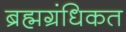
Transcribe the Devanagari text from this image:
ब्रह्मग्रंधिकत